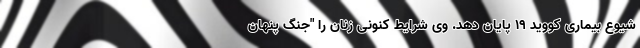
شیوع بیماری کووید 19 پایان دهد. وی شرایط کنونی زنان را "جنگ پنهان